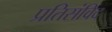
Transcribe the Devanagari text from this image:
प्रतिसंविद